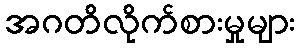
အဂတိလိုက်စားမှုများ